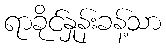
ရာခိုင်နှုန်းခန့်သာ